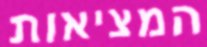
המציאות